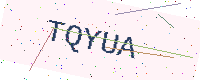
Text: TQYUA